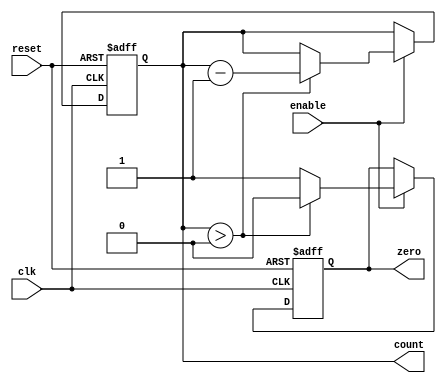
module decremental_counter #(
    parameter WIDTH = 8,       // Width of the counter (can be adjusted)
    parameter MAX_VALUE = 255  // Maximum value for the counter (based on WIDTH)
)(
    input wire clk,            // Clock signal
    input wire reset,          // Reset signal
    input wire enable,         // Enable signal for decrementing
    output reg [WIDTH-1:0] count, // Current count value
    output reg zero           // Indicator for zero count
);

    // Initial block to set the initial count value to maximum
    initial begin
        count = MAX_VALUE;     // Initialize count to maximum value
        zero = 0;              // Initialize zero indicator to false
    end

    // Always block for synchronous operation
    always @(posedge clk or posedge reset) begin
        if (reset) begin
            count <= MAX_VALUE; // Reset count to maximum value
            zero <= 0;          // Reset zero indicator
        end else if (enable) begin
            if (count > 0) begin
                count <= count - 1; // Decrement count if greater than zero
                zero <= 0;           // Set zero indicator to false
            end else begin
                zero <= 1;           // Set zero indicator to true if count is zero
            end
        end
    end

endmodule